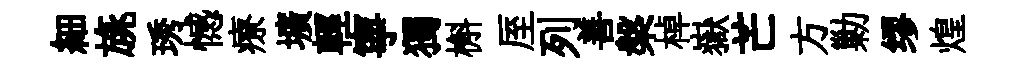
細旐琇憾療壙輕寧獨槲厔列善槃棹嶽芒方勦缪煌